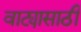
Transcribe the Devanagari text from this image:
वाट्यासाठी